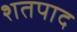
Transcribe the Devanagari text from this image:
शतपाद